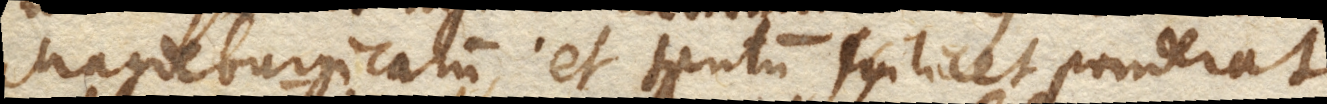
Magedeburgicarum, et tantum scilicet ponderat